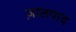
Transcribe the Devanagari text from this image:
ज़ालपाद